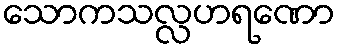
သောကသလ္လဟရဏော